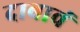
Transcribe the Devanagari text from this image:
दाबावं